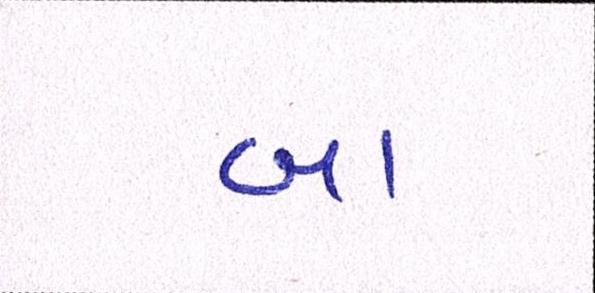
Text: બા